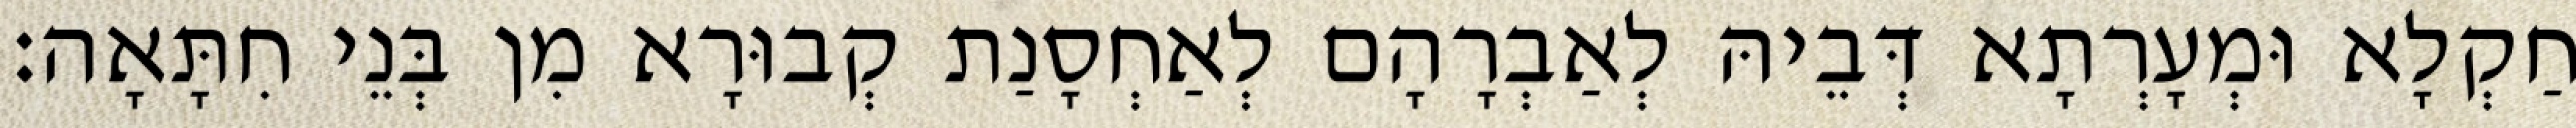
חַקְלָא וּמְעָרְתָא דְּבֵיהּ לְאַבְרָהָם לְאַחְסָנַת קְבוּרָא מִן בְּנֵי חִתָּאָה׃